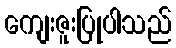
ကျေးဇူးပြုပါသည်